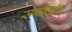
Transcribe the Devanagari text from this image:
सर्पासील